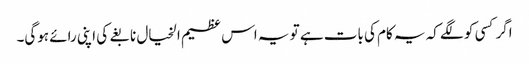
اگر کسی کو لگے کہ یہ کام کی بات ہے تو یہ اس عظیم الخیال نابغے کی اپنی رائے ہوگی۔